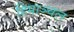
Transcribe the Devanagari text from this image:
हिमाञ्चल